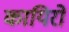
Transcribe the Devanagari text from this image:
कायिरो